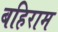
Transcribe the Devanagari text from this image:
बहिराम